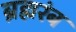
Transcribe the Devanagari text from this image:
ब्रह्मरंब